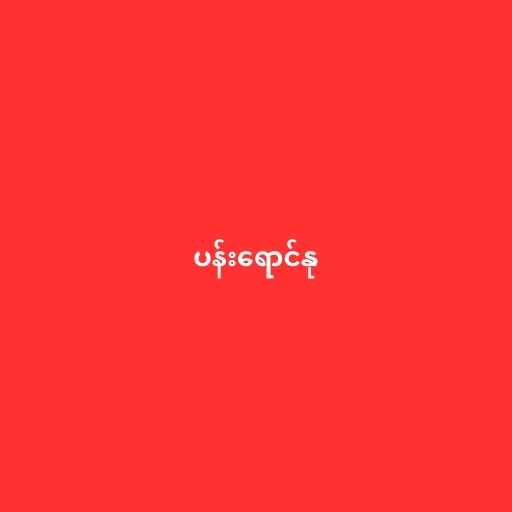
ပန်းရောင်နု